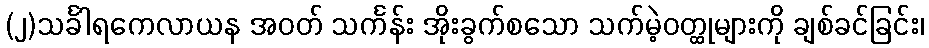
(၂)သင်္ခါရကေလာယန အဝတ် သင်္ကန်း အိုးခွက်စသော သက်မဲ့ဝတ္ထုများကို ချစ်ခင်ခြင်း၊